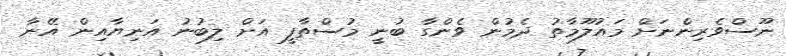
ނޫސްވެރިންނަށް މައުލޫމާތު ދެމުން ވެންގާ ބުނީ މުސްތާފީ އަށް ލިބުނު އަނިޔާއިން އޭނާ